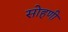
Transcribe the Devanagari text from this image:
सोहणी